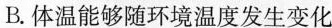
B.体温能够随环境温度发生变化